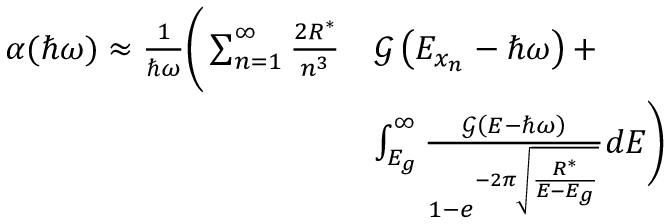
\begin{array} { r l } { \alpha ( \hbar \omega ) \approx \frac { 1 } { \hbar \omega } \Bigg ( \sum _ { n = 1 } ^ { \infty } \frac { 2 R ^ { * } } { n ^ { 3 } } } & { \mathcal { G } \left( E _ { x _ { n } } - \hbar \omega \right) + } \\ & { \int _ { E _ { g } } ^ { \infty } \frac { \mathcal { G } \left( E - \hbar \omega \right) } { 1 - e ^ { - 2 \pi \sqrt { \frac { R ^ { * } } { E - E _ { g } } } } } d E \Bigg ) } \end{array}